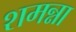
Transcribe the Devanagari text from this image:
शमन्ना